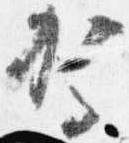
駕